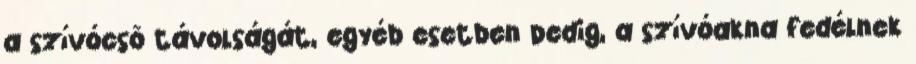
a szívócsõ távolságát, egyéb esetben pedig, a szívóakna fedélnek